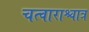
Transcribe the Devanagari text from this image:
चत्वाराश्चात्र